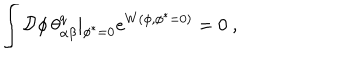
\int { \cal D } \phi \, \theta _ { \alpha \beta } ^ { q } | _ { \phi ^ { * } = 0 } e ^ { W ( \phi , \phi ^ { * } = 0 ) } = 0 \ ,